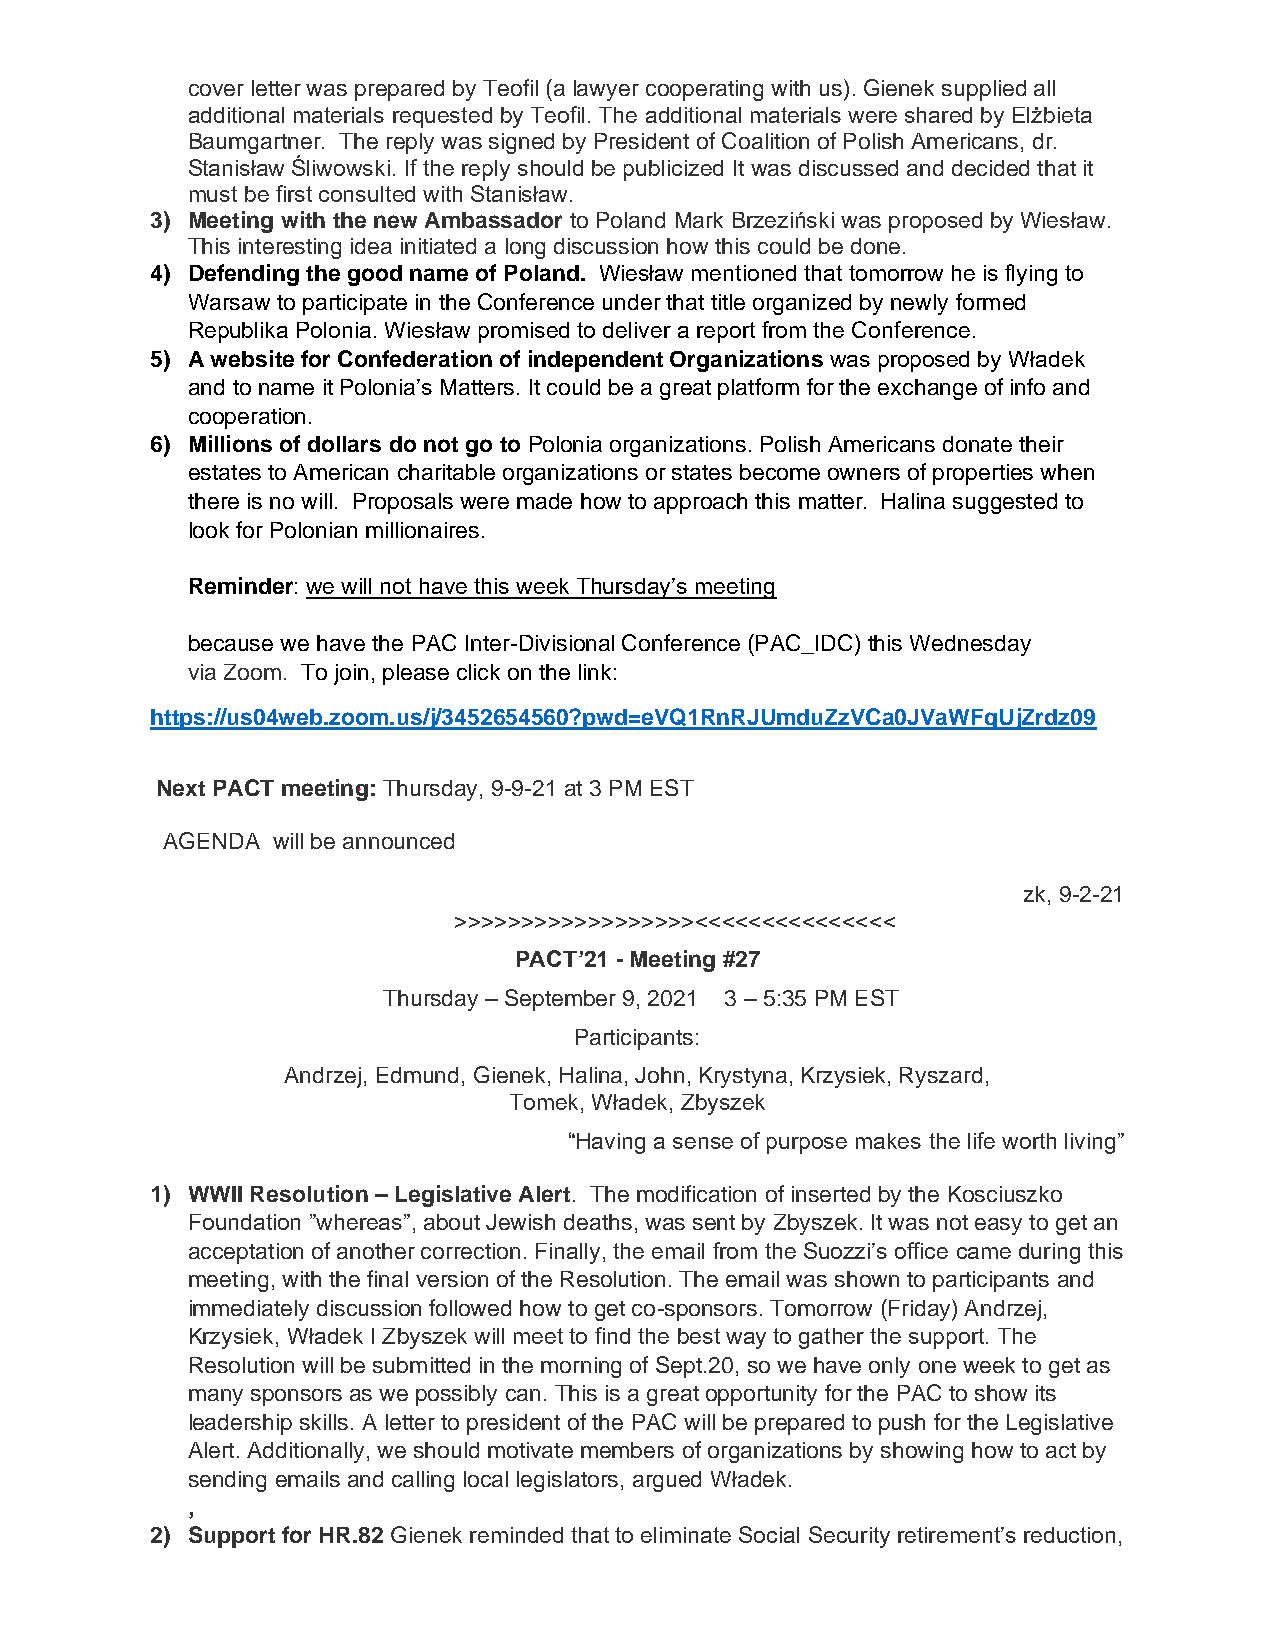
cover letter was prepared by Teofil (a lawyer cooperating with us). Gienek supplied all
 additional materials requested by Teofil. The additional materials were shared by Elżbieta
 Baumgartner. The reply was signed by President of Coalition of Polish Americans, dr.
 Stanisław Śliwowski. If the reply should be publicized It was discussed and decided that it
 must be first consulted with Stanisław.
 3) Meeting with the new Ambassador to Poland Mark Brzeziński was proposed by Wiesław.
 This interesting idea initiated a long discussion how this could be done.
 4) Defending the good name of Poland. Wiesław mentioned that tomorrow he is flying to
 Warsaw to participate in the Conference under that title organized by newly formed
 Republika Polonia. Wiesław promised to deliver a report from the Conference.
 5) A website for Confederation of independent Organizations was proposed by Władek
 and to name it Polonia’s Matters. It could be a great platform for the exchange of info and
 cooperation.
 6) Millions of dollars do not go to Polonia organizations. Polish Americans donate their
 estates to American charitable organizations or states become owners of properties when
 there is no will. Proposals were made how to approach this matter. Halina suggested to
 look for Polonian millionaires.
 Reminder: we will not have this week Thursday’s meeting
 because we have the PAC Inter-Divisional Conference (PAC_IDC) this Wednesday
 via Zoom. To join, please click on the link:
 https://us04web.zoom.us/j/3452654560?pwd=eVQ1RnRJUmduZzVCa0JVaWFqUjZrdz09
 Next PACT meeting: Thursday, 9-9-21 at 3 PM EST
 AGENDA will be announced
 zk, 9-2-21
 >>>>>>>>>>>>>>>>>><<<<<<<<<<<<<<<
 PACT’21 - Meeting #27
 Thursday – September 9, 2021 3 – 5:35 PM EST
 Participants:
 Andrzej, Edmund, Gienek, Halina, John, Krystyna, Krzysiek, Ryszard,
 Tomek, Władek, Zbyszek
 “Having a sense of purpose makes the life worth living”
 1) WWII Resolution – Legislative Alert. The modification of inserted by the Kosciuszko
 Foundation ”whereas”, about Jewish deaths, was sent by Zbyszek. It was not easy to get an
 acceptation of another correction. Finally, the email from the Suozzi’s office came during this
 meeting, with the final version of the Resolution. The email was shown to participants and
 immediately discussion followed how to get co-sponsors. Tomorrow (Friday) Andrzej,
 Krzysiek, Władek I Zbyszek will meet to find the best way to gather the support. The
 Resolution will be submitted in the morning of Sept.20, so we have only one week to get as
 many sponsors as we possibly can. This is a great opportunity for the PAC to show its
 leadership skills. A letter to president of the PAC will be prepared to push for the Legislative
 Alert. Additionally, we should motivate members of organizations by showing how to act by
 sending emails and calling local legislators, argued Władek.
 ,
 2) Support for HR.82 Gienek reminded that to eliminate Social Security retirement’s reduction,